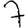
Digit: 7